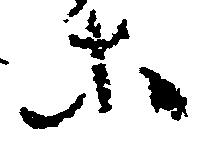
等